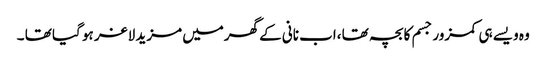
وہ ویسے ہی کمزور جسم کا بچہ تھا ،اب نانی کے گھرمیں مزید لاغر ہو گیا تھا ۔